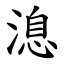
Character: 㴧